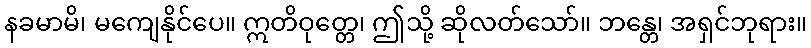
နခမာမိ၊ မကျေနိုင်ပေ။ ဣတိဝုတ္တေ၊ ဤသို့ ဆိုလတ်သော်။ ဘန္တေ၊ အရှင်ဘုရား။